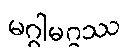
မဂ္ဂါမဂ္ဂဿ